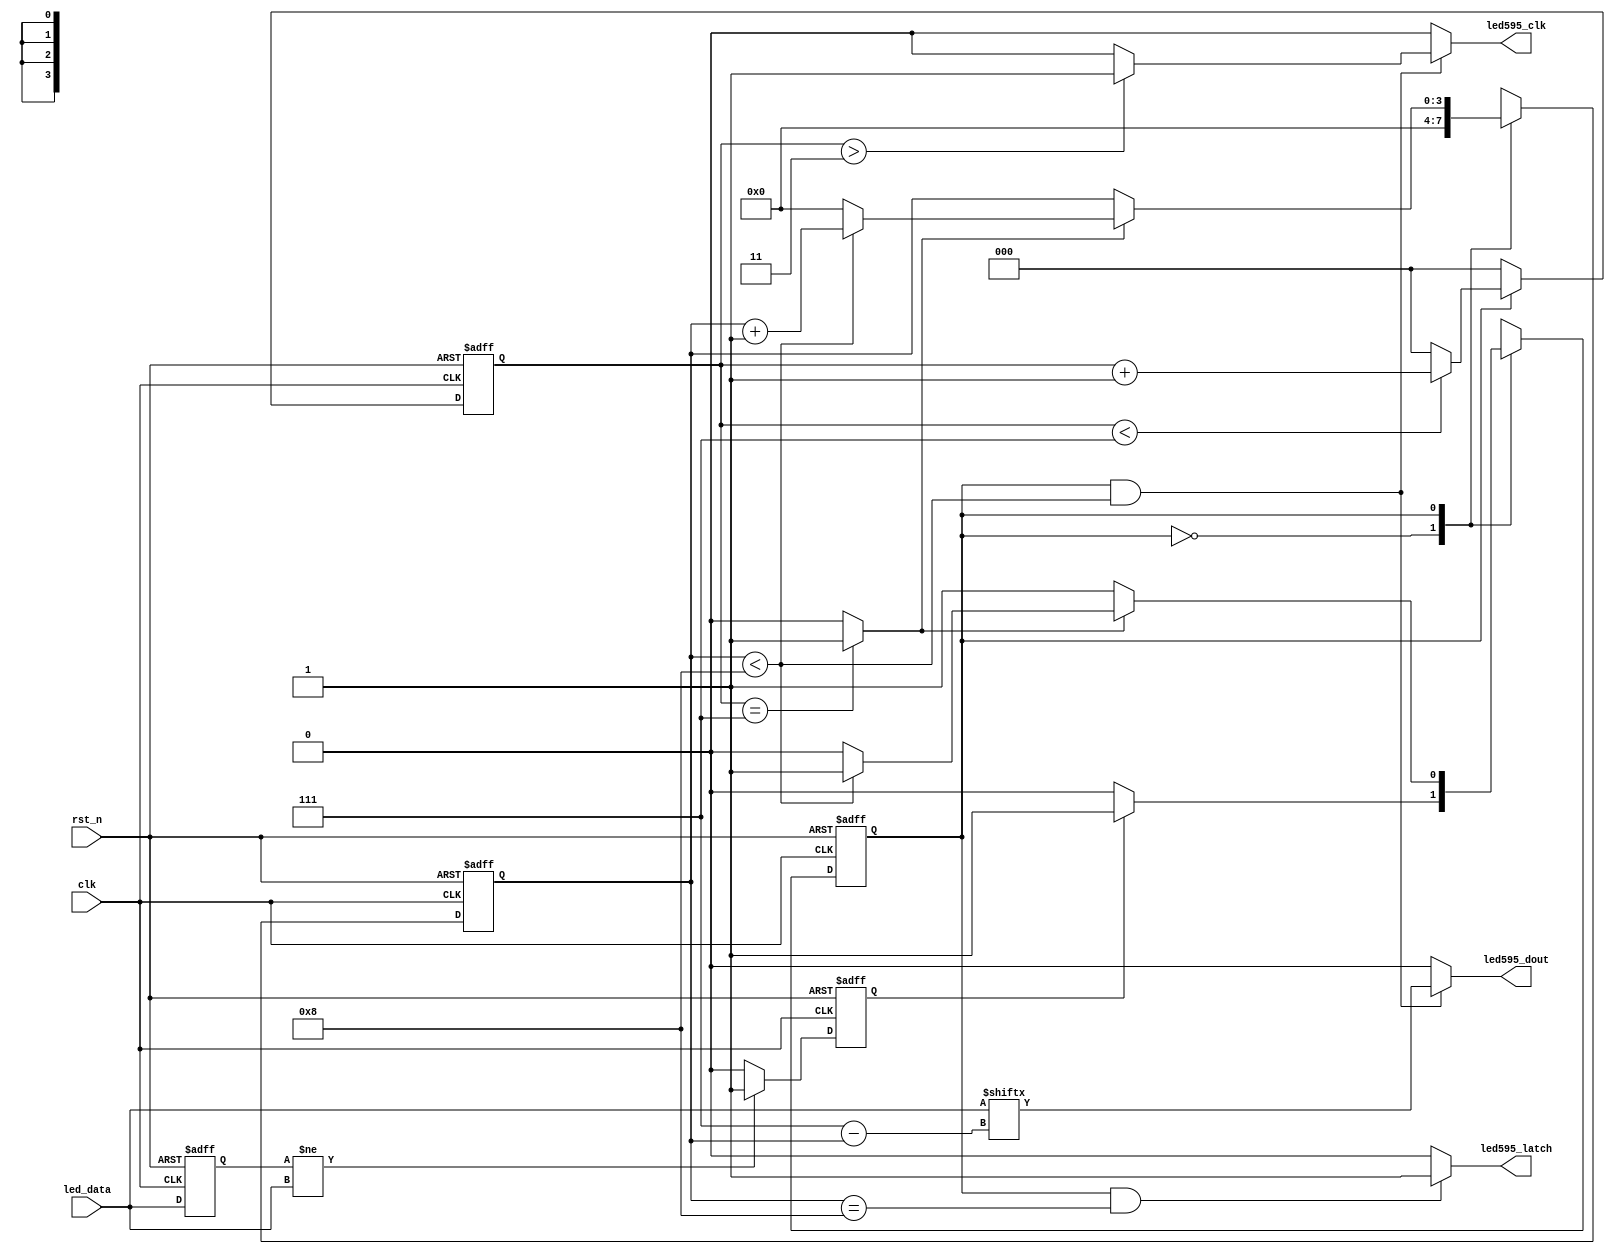
/*-----------------------------------------------------------------------
								 \\\|///
							    \\  - -  //
								(  @ @  )
+-----------------------------oOOo-(_)-oOOo-----------------------------+
CONFIDENTIAL IN CONFIDENCE
This confidential and proprietary software may be only used as authorized
by a licensing agreement from CrazyBingo (Thereturnofbingo).
In the event of publication, the following notice is applicable:
Copyright (C) 2013-20xx CrazyBingo Corporation
The entire notice above must be reproduced on all authorized copies.
Author				:		CrazyBingo
Technology blogs 	: 		http://blog.chinaaet.com/crazybingo
Email Address 		: 		thereturnofbingo@gmail.com
Filename			:		led_74595_driver.v
Data				:		2013-03-04
Description			:		The driver of led via serial ic 74hc595.
Modification History	:
Data			By			Version			Change Description
=========================================================================
13/03/04		CrazyBingo	1.0				Original
-------------------------------------------------------------------------
|                                     Oooo								|
+-------------------------------oooO--(   )-----------------------------+
                               (   )   ) /
                                \ (   (_/
                                 \_)
-----------------------------------------------------------------------*/

`timescale 1ns/1ns
module led_74595_driver
(
	//global clock
	input			clk,  			//50MHz
	input			rst_n,			//global reset

	//74hc595 interface
	output			led595_dout,	//74hc595 serial data input	
	output			led595_clk,		//74hc595 shift clock (rising edge)
	output			led595_latch,	//74hc595 latch clock (risign edge)

	//user interface
	input	[7:0]	led_data		//led data input	
);


//---------------------------------------
//update led display when led_data is update
reg	[7:0]	led_data_r = 8'h00;
reg	update_flag;
always@(posedge clk or negedge rst_n)
begin
	if(!rst_n)
		begin
		led_data_r <= 0;
		update_flag <= 1;	//when reset, update the data
		end
	else
		begin
		led_data_r <= led_data;
		update_flag <= (led_data_r != led_data) ? 1'b1 : 1'b0;
		end
end

//-------------------------------------------------
//74hc595 clk delay for enough setup time
localparam	DELAY_CNT	=	3'd7;
reg	[2:0]	delay_cnt;                  
reg	shift_state;	//led scan state	 
always@(posedge clk or negedge rst_n)
begin
	if(!rst_n)
		delay_cnt <= 0;
	else if(shift_state == 1'b1)
		delay_cnt <= (delay_cnt < DELAY_CNT) ? delay_cnt + 1'b1 : 3'd0;
	else
		delay_cnt <= 0;
end
wire	shift_flag = (delay_cnt ==  DELAY_CNT) ? 1'b1 : 1'b0;
wire	shift_clk = (delay_cnt > DELAY_CNT/2) ? 1'b1 : 1'b0;


//----------------------------------------------
//74hc595 shift data output state
reg	[3:0]	led_cnt;
always@(posedge clk or negedge rst_n)
begin
	if(!rst_n)
		begin
		shift_state <= 0;
		led_cnt <= 0;
		end
	else 
		begin
		case(shift_state)
		0:	begin
			led_cnt <= 0;
			if(update_flag)
				shift_state <= 1;
			else
				shift_state <= 0;
			end
		1:	begin
			if(shift_flag)
				begin
				if(led_cnt < 4'd8)
					begin
					led_cnt <=  led_cnt + 1'b1;
					shift_state <= 1'd1;
					end
				else
					begin
					led_cnt <= 0;
					shift_state <= 0;
					end
				end
			else
				begin
				led_cnt <= led_cnt;
				shift_state <= shift_state;
				end
			end
		endcase
		end
end
assign	led595_dout = (shift_state == 1'b1 && led_cnt < 4'd8) ? led_data[3'd7 - led_cnt] : 1'b0; 
assign	led595_clk = (shift_state == 1'b1 && led_cnt < 4'd8) ? shift_clk : 1'b0; 
assign	led595_latch = (shift_state == 1'b1 && led_cnt == 4'd8) ? 1'b1 : 1'b0; 

endmodule